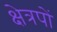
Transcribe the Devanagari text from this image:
क्षेत्रपों